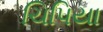
ચિપિયા